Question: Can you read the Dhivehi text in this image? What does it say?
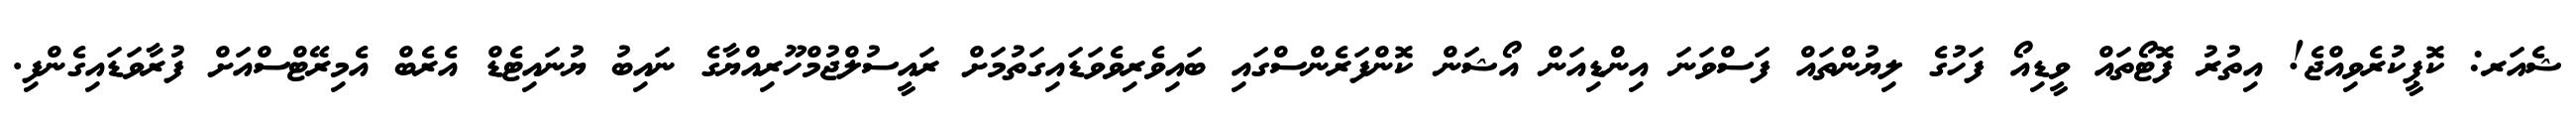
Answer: ޝެއަރ: ކޮޕީކުރެވިއްޖެ! އިތުރު ފޮޓޯތައް ވީޑިއޯ ފަހުގެ ލިޔުންތައް ފަސްވަނަ އިންޑިއަން އޯޝަން ކޮންފަރެންސްގައި ބައިވެރިވެވަޑައިގަތުމަށް ރައީސުލްޖުމްހޫރިއްޔާގެ ނައިބު ޔުނައިޓެޑް އެރެބް އެމިރޭޓްސްއަށް ފުރާވަޑައިގެންފި.